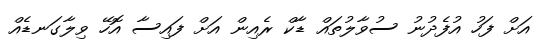
އަށް ފަހު އުފެދުނު ސުވާލުތައް ޑާކް ރެއިން އަށް ފައިސާ އޮހޭ ވިލާގަނޑެއް